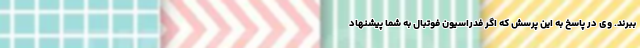
ببرند. وی در پاسخ به این پرسش که اگر فدراسیون فوتبال به شما پیشنهاد